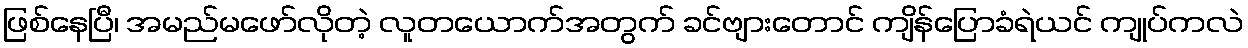
ဖြစ်နေပြီ၊ အမည်မဖော်လိုတဲ့ လူတယောက်အတွက် ခင်ဗျားတောင် ကျိန်ပြောခံရဲယင် ကျုပ်ကလဲ